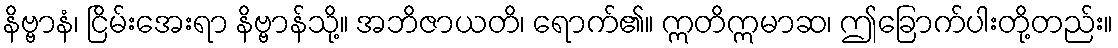
နိဗ္ဗာနံ၊ ငြိမ်းအေးရာ နိဗ္ဗာန်သို့။ အဘိဇာယတိ၊ ရောက်၏။ ဣတိဣမာဆ၊ ဤခြောက်ပါးတို့တည်း။